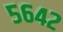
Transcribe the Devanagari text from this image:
५६४२